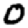
Digit: 0